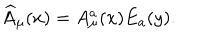
\widehat { A } _ { \mu } ( x ) = A _ { \mu } ^ { a } ( x ) E _ { a } ( y ) .